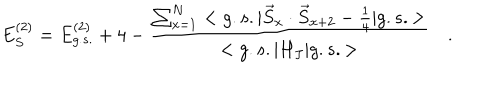
E _ { S } ^ { ( 2 ) } = E _ { g . s . } ^ { ( 2 ) } + 4 - \frac { \sum _ { x = 1 } ^ { N } < g . s . | \vec { S } _ { x } \cdot \vec { S } _ { x + 2 } - \frac { 1 } { 4 } | g . s . > } { < g . s . | H _ { J } | g . s . > } \quad .